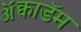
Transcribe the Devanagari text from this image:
ॲक्वाडॅम